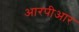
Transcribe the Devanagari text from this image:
आरपीआर